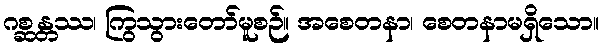
ဂစ္ဆန္တဿ၊ ကြွသွားတော်မူစဉ်။ အစေတနာ၊ စေတနာမရှိသော။